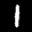
Label: 1